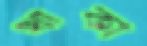
খাকা